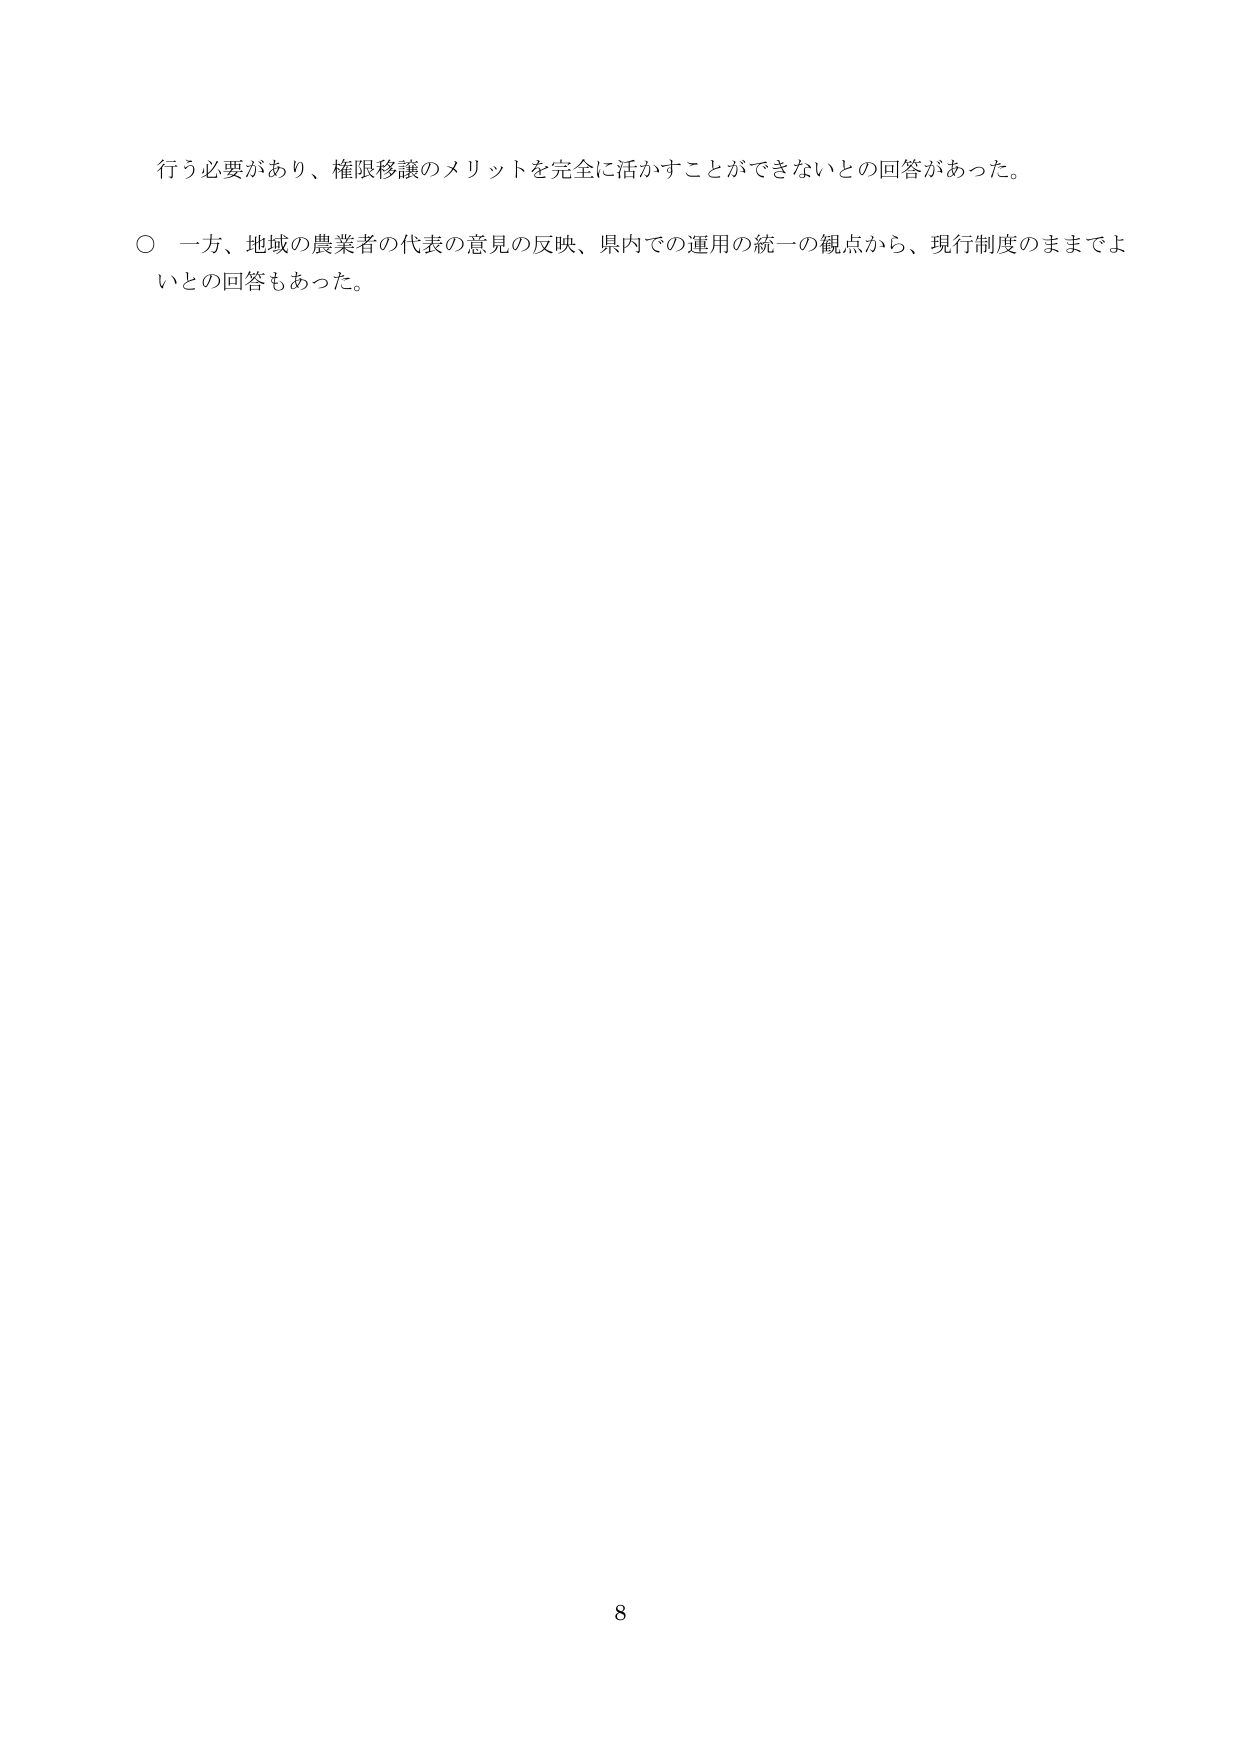
行う必要があり、権限移譲のメリットを完全に活かすことができないとの回答があった。

○ 一方、地域の農業者の代表の意見の反映、県内での運用の統一の観点から、現行制度のままでよいとの回答もあった。

8